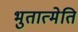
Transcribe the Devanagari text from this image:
भुतात्मेति